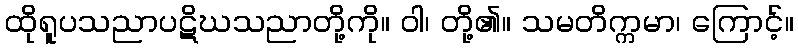
ထိုရူပသညာပဋိဃသညာတို့ကို။ ဝါ၊ တို့၏။ သမတိက္ကမာ၊ ကြောင့်။